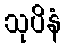
သုပိနံ